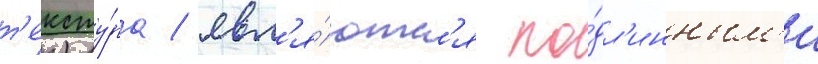
т'ексту́ра / явл'я́ютс'я по́дл'инным'и